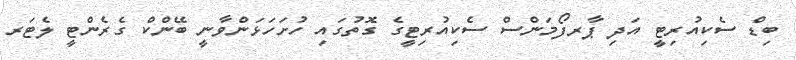
ބިޑް ސެކިއުރިޓީ އަދި ޕާރފޯމަންސް ސެކިއުރިޓީގެ ގޮތުގައި ހުށަހަޅަންވާނީ ބޭންކް ގެރެންޓީ ލެޓަރ